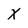
Character: X